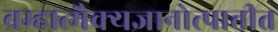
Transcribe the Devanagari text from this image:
ब्रम्हात्मैक्यज्ञानोत्पात्तीत